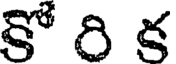
కో రి క